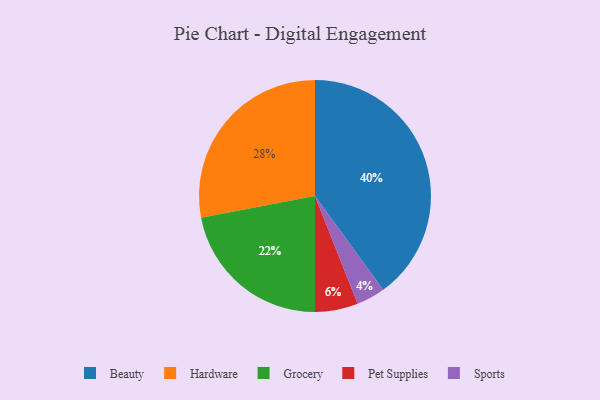
{"axis": {"x": "Category", "y": "Percentage"}, "legend": ["Beauty", "Grocery", "Hardware", "Pet Supplies", "Sports"], "data": [{"x": "Hardware", "y": 28, "type": "Hardware"}, {"x": "Pet Supplies", "y": 6, "type": "Pet Supplies"}, {"x": "Beauty", "y": 40, "type": "Beauty"}, {"x": "Grocery", "y": 22, "type": "Grocery"}, {"x": "Sports", "y": 4, "type": "Sports"}]}